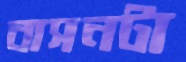
বাসনটা